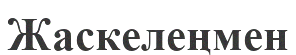
Жаскелеңмен